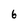
Character: 6